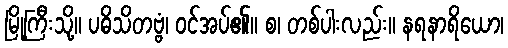
မြို့ကြီးသို့။ ပဓိသိတဗ္ဗံ၊ ဝင်အပ်၏။ စ၊ တစ်ပါးလည်း။ နရနာရိယော၊